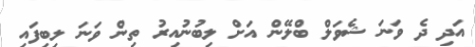
އަދި ދެ ވަނަ ޝެވަލް ބްލޭން އަށް ލިބުނުއިރު ތިން ވަނަ ލިބިފައި